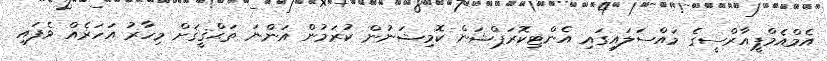
އެމްއެމްޕީއާރްސީގެ މައްސަލައިގައި އެންޓިކޮރަޕްޝަން ކޮމިޝަނުން ކުރަމުން އަންނަ ތަޙްޤީޤަށް މިހާރު އަހަރެއް ވެފައި